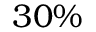
3 0 \%